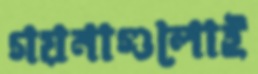
গয়নাগুলোই